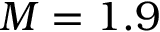
M = 1 . 9